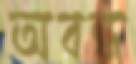
অবন্ধ